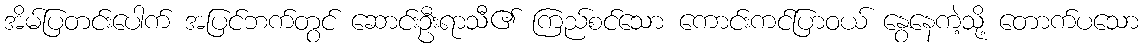
အိမ်ပြတင်းပေါက် အပြင်ဘက်တွင် ဆောင်းဦးရာသီ၏ ကြည်စင်သော ကောင်းကင်ပြာဝယ် နွေနေကဲ့သို့ တောက်ပသော